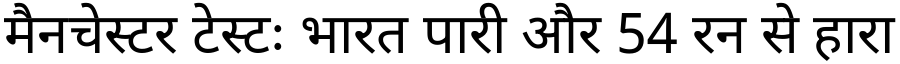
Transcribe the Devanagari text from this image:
मैनचेस्टर टेस्टः भारत पारी और 54 रन से हारा